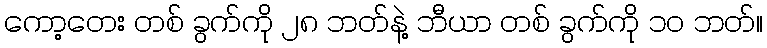
ကော့တေး တစ် ခွက်ကို ၂၈ ဘတ်နဲ့ ဘီယာ တစ် ခွက်ကို ၁၀ ဘတ်။